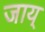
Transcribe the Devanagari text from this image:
जाय्